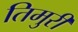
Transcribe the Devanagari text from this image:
तिमुरी